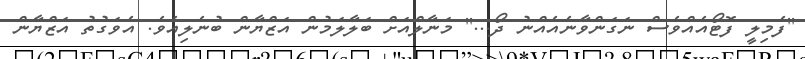
''ފެމިލީ ފޮޓޯއެއްވެސް ނަގަންވާނެއެއްނު ދޯ...'' މަނާލްއަށް ބަލާލަމުން އަޒްޔާން ބުނެލިއެވެ. އެވަގުތު އަޒްޔާން